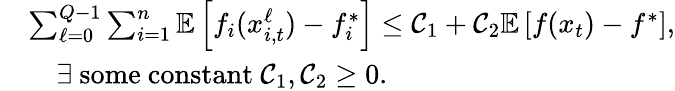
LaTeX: \begin{array}{rl}&{\sum_{\ell=0}^{Q-1}\sum_{i=1}^{n}\mathbb{E}\left[f_{i}(x_{i,t}^{\ell})-f_{i}^{*}\right]\leq\mathcal{C}_{1}+\mathcal{C}_{2}\mathbb{E}\left[f(x_{t})-f^{*}\right],}\\ &{\quad\exists\mathrm{~some~constant~}\mathcal{C}_{1},\mathcal{C}_{2}\geq 0.}\end{array}